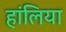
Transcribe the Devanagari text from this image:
हांलिया